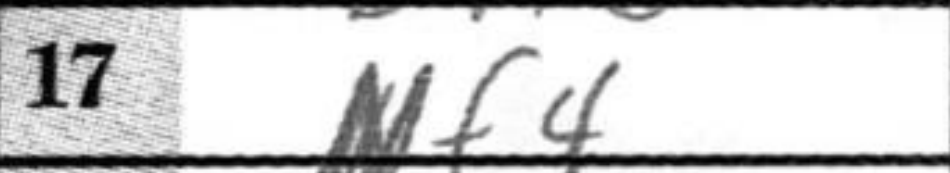
Transcription: Nf4